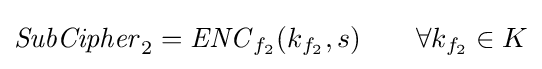
{\mathit {SubCipher}}_{2}={\mathit {ENC}}_{f_{2}}(k_{f_{2}},s)\qquad \forall k_{f_{2}}\in K